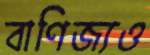
বাণিজ্যও